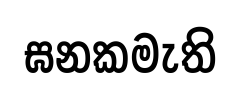
ඝනකමැති